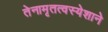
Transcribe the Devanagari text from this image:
तेनामृतत्वस्येशाने